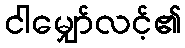
ငါမျှော်လင့်၏